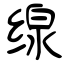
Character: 缐